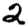
Digit: 2